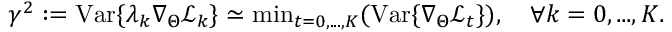
\gamma ^ { 2 } : = \mathrm { V a r } \{ \lambda _ { k } \nabla _ { \Theta } \mathcal { L } _ { k } \} \simeq \mathrm { m i n } _ { t = 0 , . . . , K } ( \mathrm { V a r } \{ \nabla _ { \Theta } \mathcal { L } _ { t } \} ) , \quad \forall k = 0 , . . . , K .